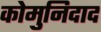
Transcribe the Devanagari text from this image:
कोमुनिदाद